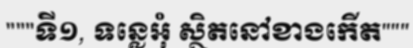
"""ទី១, ទន្លេអុំ ស្ថិតនៅខាងកើត"""